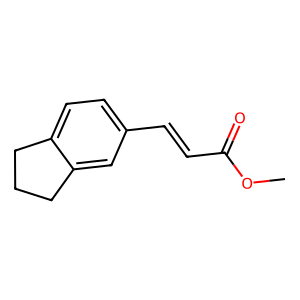
SMILES: COC(=O)C=Cc1ccc2c(c1)CCC2
Inhibits HIV replication: No